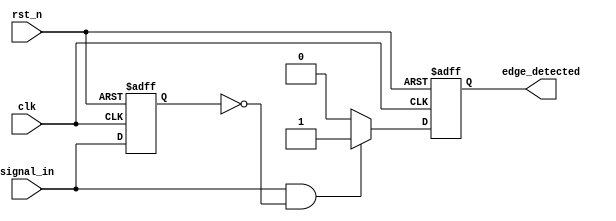
module rising_edge_detector (
    input wire clk,               // Clock signal
    input wire rst_n,             // Active low reset signal
    input wire signal_in,         // Input signal to detect rising edge
    output reg edge_detected      // Output pulse indicating rising edge
);

// Internal register to hold the previous state of the input signal
reg signal_in_prev;

// Always block to detect rising edge on the clock
always @(posedge clk or negedge rst_n) begin
    if (!rst_n) begin
        // Reset condition
        signal_in_prev <= 1'b0;
        edge_detected <= 1'b0;
    end else begin
        // Rising edge detection logic
        if (signal_in && !signal_in_prev) begin
            edge_detected <= 1'b1;  // Rising edge detected
        end else begin
            edge_detected <= 1'b0;   // No edge detected
        end
        
        // Update previous state
        signal_in_prev <= signal_in;
    end
end

endmodule